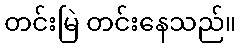
တင်းမြဲ တင်းနေသည်။